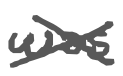
Text: was
Cross-out: cross
Writing tool: digital_gray